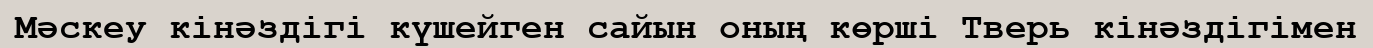
Мәскеу кінәздігі күшейген сайын оның көрші Тверь кінәздігімен